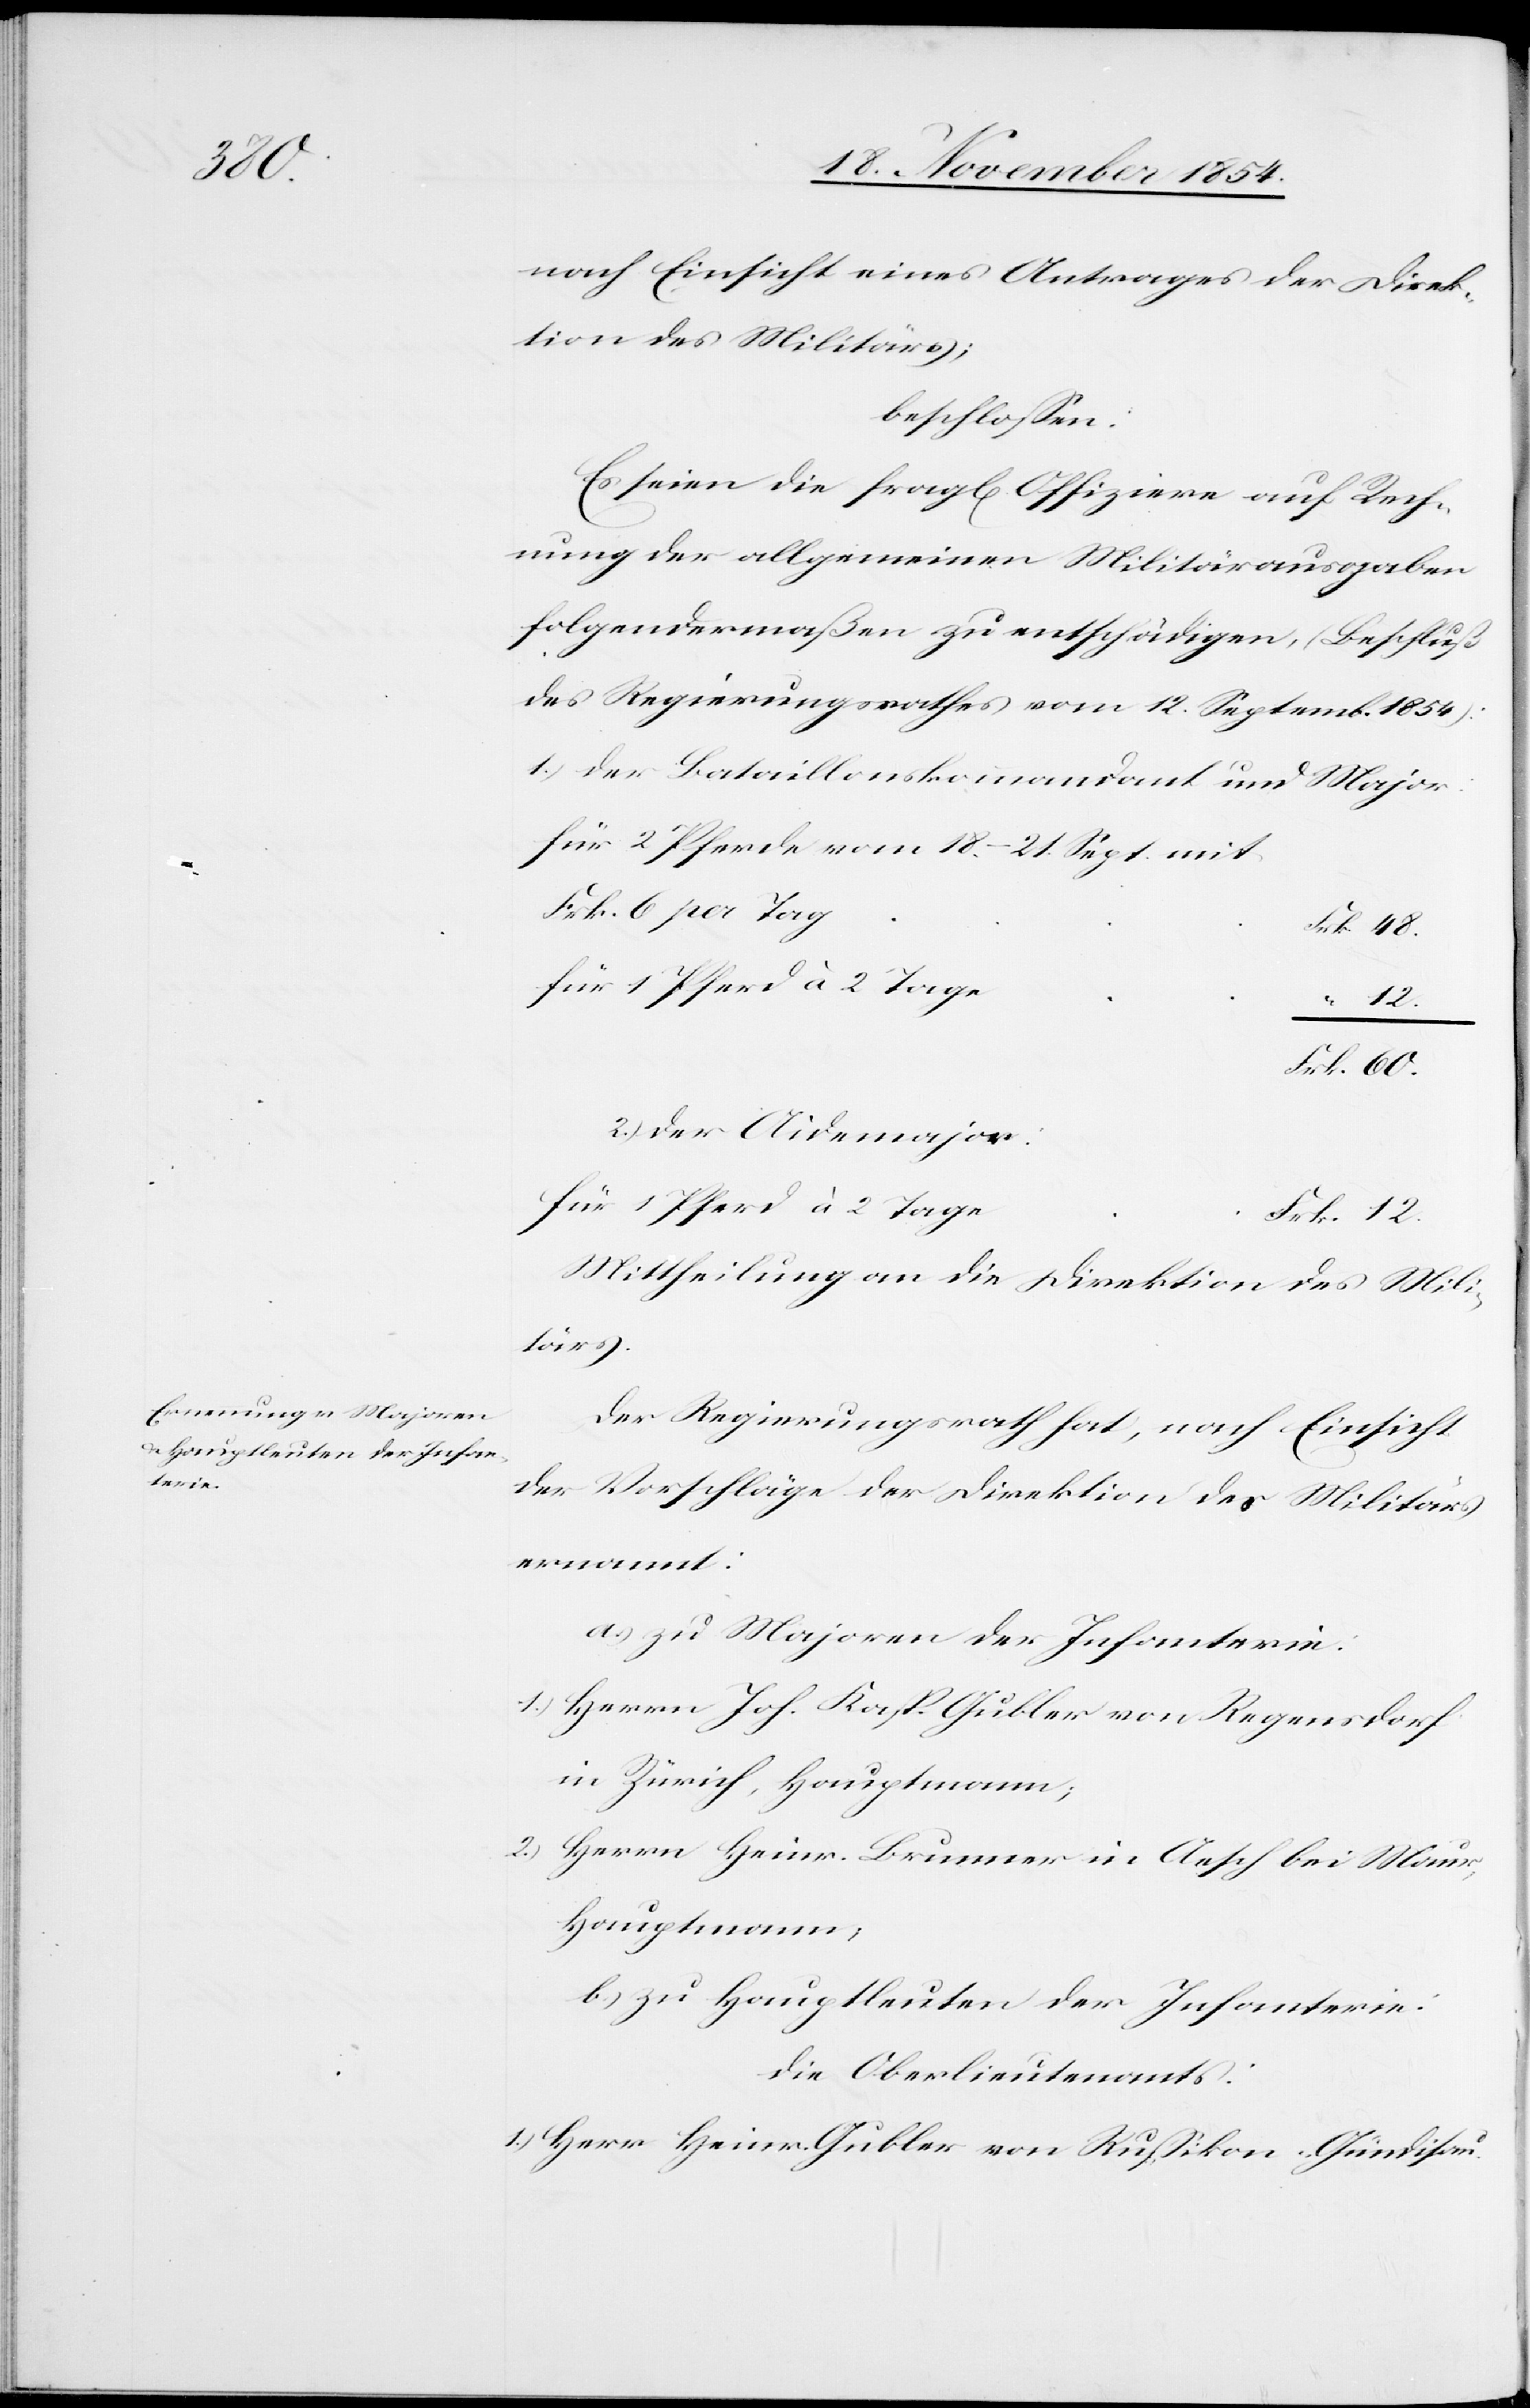
12.

nach Einsicht eines Antrages der Direk¬
tion des Militärs;
beschloßen:
Es seien die fragl. Offiziere auf Rech¬
nung der allgemeinen Militärausgaben
folgendermaßen zu entschädigen, (Beschluß
des Regierungsrathes vom 12. Septemb. 1854):
1.) Der Bataillonskommandant und Major:
für 2 Pferde vom 18.–21. Sept. mit
Frk. 6 per Tag
für 1 Pferd à 2 Tage
2.) Der Aidemajor:
für 1 Pferd à 2 Tage
Mittheilung an die Direktion des Mili¬
tärs.
Der Regierungsrath hat, nach Einsicht
der Vorschläge der Direktion des Militärs
ernannt:
a.) zu Majoren der Infanterie:
1.) Herrn Joh. Kasp. Gubler von Regensdorf
in Zürich, Hauptmann;
2.) Herrn Heinr. Brunner in Aesch bei Maur,
Hauptmann,
b.) zu Hauptleuten der Infanterie:
Die Oberlieutenants:
1.) Herr Heinr. Gubler von Rußikon-Gündisau.